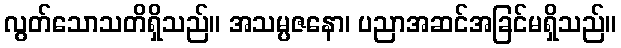
လွတ်သောသတိရှိသည်။ အသမ္ပဇနော၊ ပညာအဆင်အခြင်မရှိသည်။